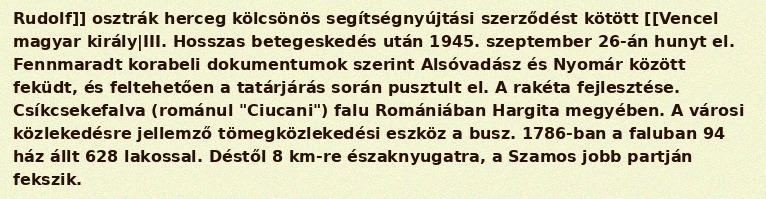
Rudolf]] osztrák herceg kölcsönös segítségnyújtási szerződést kötött [[Vencel magyar király|III. Hosszas betegeskedés után 1945. szeptember 26-án hunyt el. Fennmaradt korabeli dokumentumok szerint Alsóvadász és Nyomár között feküdt, és feltehetően a tatárjárás során pusztult el. A rakéta fejlesztése. Csíkcsekefalva (románul "Ciucani") falu Romániában Hargita megyében. A városi közlekedésre jellemző tömegközlekedési eszköz a busz. 1786-ban a faluban 94 ház állt 628 lakossal. Déstől 8 km-re északnyugatra, a Szamos jobb partján fekszik.